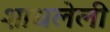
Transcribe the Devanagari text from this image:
शाधलेली